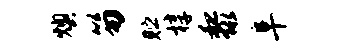
燠笏贮椁黎阜